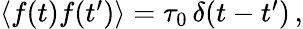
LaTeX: \begin{array}{r}{\langle f(t)f(t^{\prime})\rangle=\tau_{0}\, \delta({t-t^{\prime}})\, ,}\end{array}